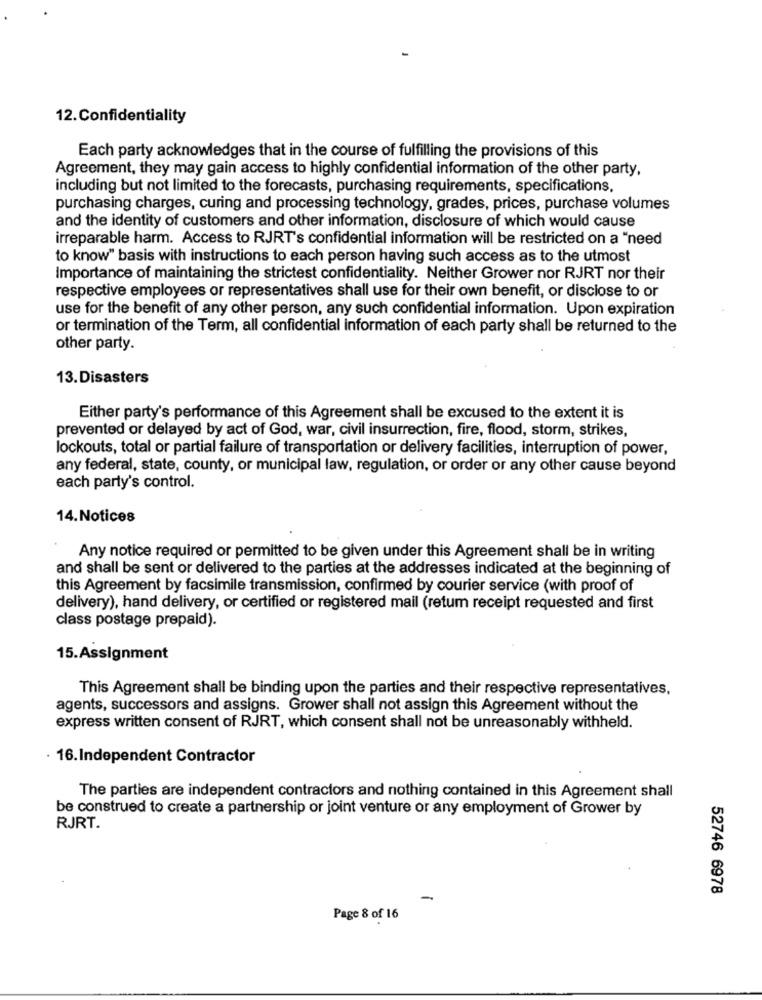
12.Confidentiality
Each party acknowledges that in the course of fulfilling the provisions of this
Agreement, they may gain access to highly confidential information of the other party,
including but not limited to the forecasts, purchasing requirements, specifications,
purchasing charges, curing and processing technology, grades, prices, purchase volumes
and the identity of customers and other information, disclosure of which would cause
irreparable harm. Access to RJRT's confidential information will be restricted on a "need
to know" basis with instructions to each person having such access as to the utmost
Importance of maintaining the strictest confidentiality. Neither Grower nor RJRT nor their
respective employees or representatives shall use for their own benefit, or disclose to or
use for the benefit of any other person, any such confidential information. Upon expiration
or termination of the Term, all confidential information of each party shall be returned to the
other party.
13.Disasters
Either party's performance of this Agreement shall be excused to the extent it is
prevented or delayed by act of God, war, civil insurrection, fire, flood, storm, strikes,
lockouts, total or partial failure of transportation or delivery facilities, interruption of power,
any federal, state, county, or municipal law, regulation, or order or any other cause beyond
each party's control.
14.Notices
Any notice required or permitted to be given under this Agreement shall be in writing
and shall be sent or delivered to the parties at the addresses indicated at the beginning of
this Agreement by facsimile transmission, confirmed by courier service (with proof of
delivery), hand delivery, or certified or registered mail (retum receipt requested and first
class postage prepaid).
15.Assignment
This Agreement shall be binding upon the parties and their respective representatives,
agents, successors and assigns. Grower shall not assign this Agreement without the
express written consent of RJRT, which consent shall not be unreasonably withheld.
· 16.Independent Contractor
The parties are independent contractors and nothing contained in this Agreement shall
be construed to create a partnership or joint venture or any employment of Grower by
RJRT.
52746 6978
-
Page 8 of 16